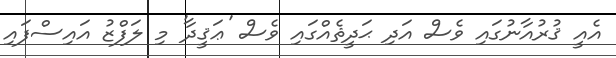
އެއީ ޤުރުއާނުގައި ވެސް އަދި ޙަދީޘެއްގައި ވެސް 'ޢަޤީދާ' މި ލަފްޒު އައިސްފައި